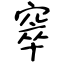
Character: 窣